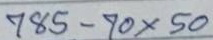
785 - 70x50